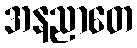
အနညာတေ